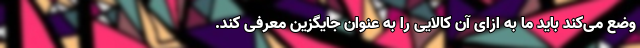
وضع می‌کند باید ما به ازای آن کالایی را به عنوان جایگزین معرفی کند.